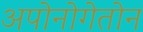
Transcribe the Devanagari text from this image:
अपोनोगेतोन